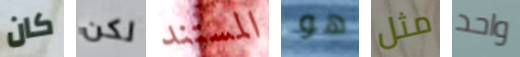
كان لكن المستند هو مثل واحد